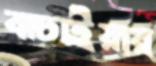
বাচাইয়ার